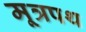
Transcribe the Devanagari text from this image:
मूत्रपथ